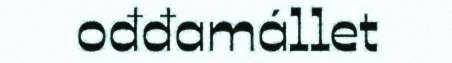
ođđamállet